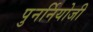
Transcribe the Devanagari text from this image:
पुनर्नियोजी